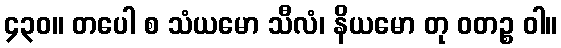
၄၃၀။ တပေါ စ သံယမော သီလံ၊ နိယမော တု ဝတဉ္စ ဝါ။